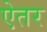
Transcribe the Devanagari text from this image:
ऐतर